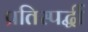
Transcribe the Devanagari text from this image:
प्रतिस्पर्द्धी